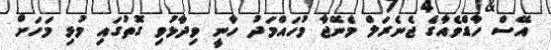
އޭސް ހާޑްވެއާގެ ޖެނެރަލް މެނޭޖާ މުހައްމަދު ހާނީ ވިދާޅުވި ގޮތުގައި މުޅި މަހަށް